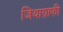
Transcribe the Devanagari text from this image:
जियाग्राफी